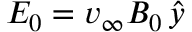
\boldsymbol { E _ { 0 } } = v _ { \infty } B _ { 0 } \, \boldsymbol { \hat { y } }